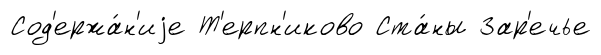
Сод'ержа́н'иjе Т'ерпн'иково Ста́ны Зар'ечье